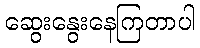
ဆွေးနွေးနေကြတာပါ